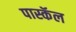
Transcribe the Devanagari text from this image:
पास्कॅल